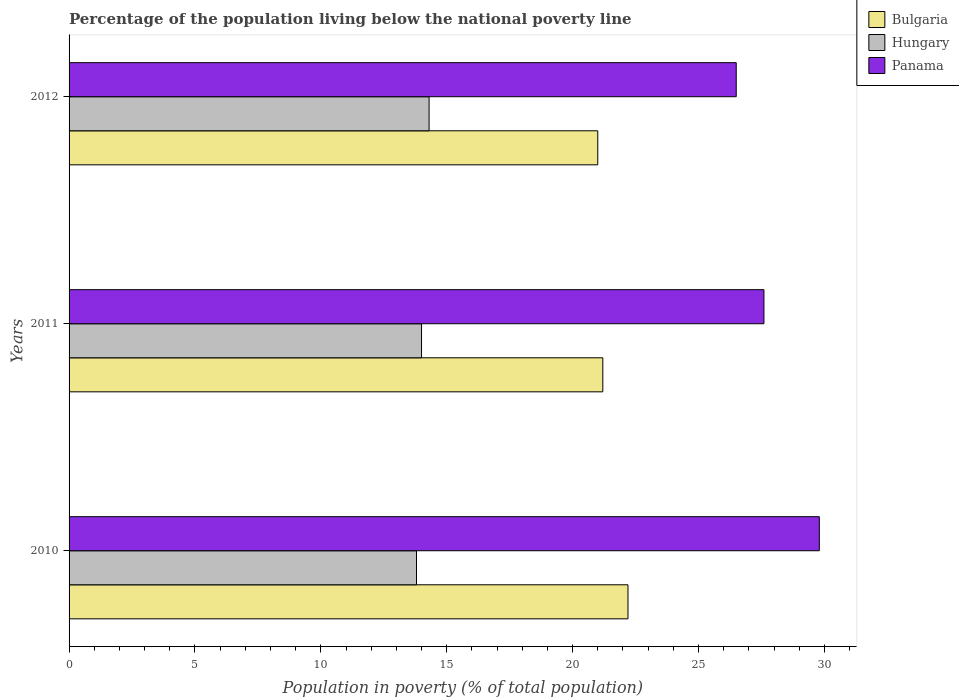
| Years | Bulgaria | Hungary | Panama |
 | --- | --- | --- | --- |
 | 2010 | 22.2 | 13.8 | 29.8 |
 | 2011 | 21.2 | 14 | 27.6 |
 | 2012 | 21 | 14.3 | 26.5 |